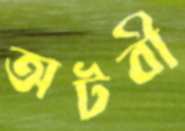
অটবী